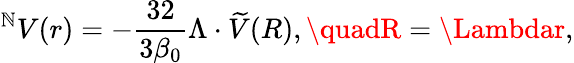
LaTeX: ^\mathbb{N}V(r)=-\frac{{32}}{{3\beta_{0}}}\Lambda\cdot\widetilde{{V}}(R),\quadR=\Lambdar,